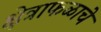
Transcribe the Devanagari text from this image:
क्षेत्राफळाचे